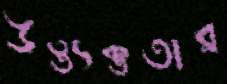
উত্ত্যক্ততার